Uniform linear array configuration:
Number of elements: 32
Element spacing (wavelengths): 0.5
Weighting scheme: exponential
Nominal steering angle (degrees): -15
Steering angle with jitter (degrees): -14.938
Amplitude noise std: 0.05
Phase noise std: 0.05

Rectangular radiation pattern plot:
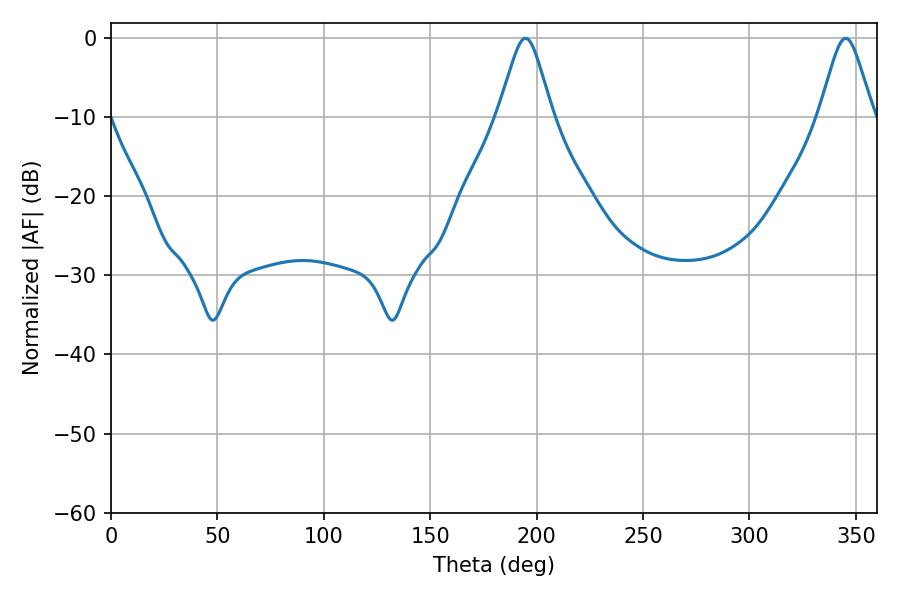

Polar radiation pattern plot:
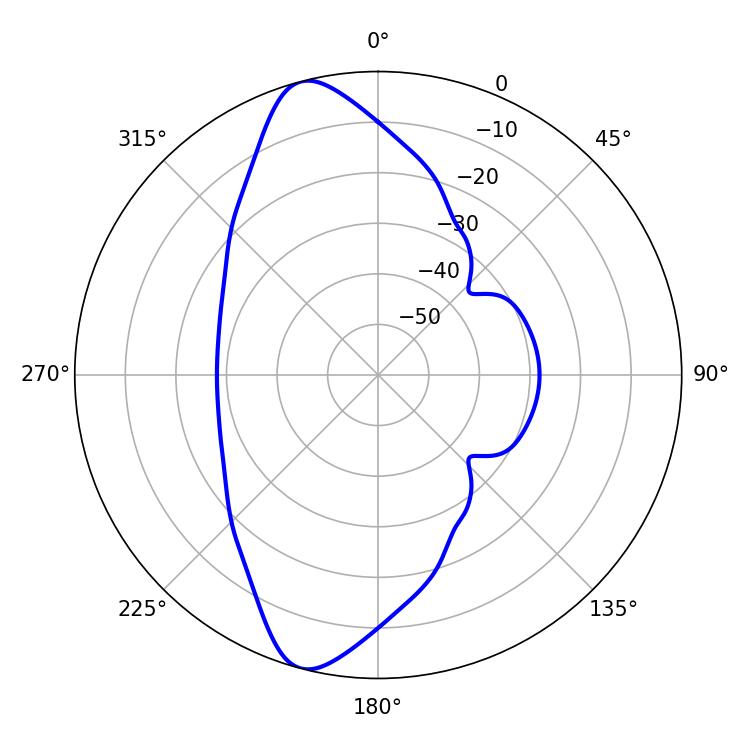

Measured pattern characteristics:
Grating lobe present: FALSE
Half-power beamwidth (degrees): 12.06
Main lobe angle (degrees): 194.76